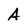
Character: A